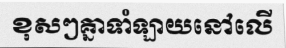
ខុសៗគ្នាទាំឡាយនៅលើ